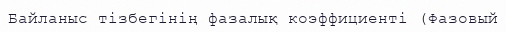
Байланыс тізбегінің фазалық коэффициенті (Фазовый